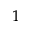
^ 1